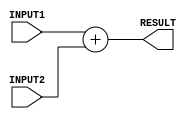
/*
 *
 *	Part 3
 *	New Adder with 2 units delay
 * 
 *
 */


module newAdder(RESULT, INPUT1, INPUT2);
	
	// port declaration
	input [31:0] INPUT1, INPUT2;
	output [31:0] RESULT;
	
	assign #2 RESULT = INPUT1 + INPUT2;

endmodule